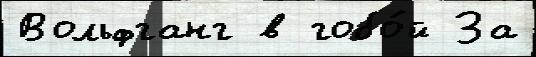
Вольфганг в гобо́й За